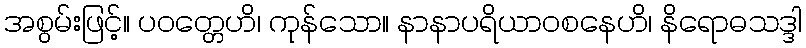
အစွမ်းဖြင့်။ ပဝတ္တေဟိ၊ ကုန်သော။ နာနာပရိယာဝစနေဟိ၊ နိရောဓသဒ္ဒါ